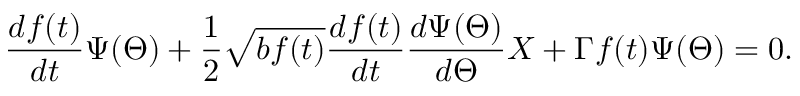
\frac { d f ( t ) } { d t } \Psi ( \Theta ) + \frac { 1 } { 2 } \sqrt { b f ( t ) } \frac { d f ( t ) } { d t } \frac { d \Psi ( \Theta ) } { d \Theta } X + \Gamma f ( t ) \Psi ( \Theta ) = 0 .